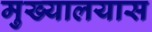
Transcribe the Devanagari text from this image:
मुख्यालयास